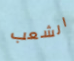
الشعب